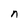
Character: n